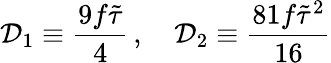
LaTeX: \mathcal{D}_{1}\equiv\frac{9f\tilde{\tau}}{4}\, ,\quad\mathcal{D}_{2}\equiv\frac{81f\tilde{\tau}^{2}}{16}